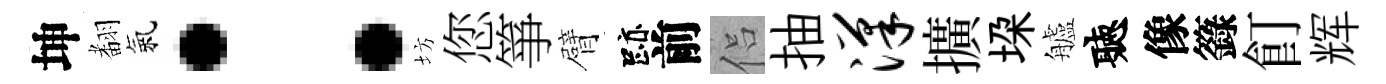
坤𮋒氣：坊您箏臂跡前侣抽汉擴垜艫聽像籙飣辉